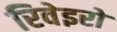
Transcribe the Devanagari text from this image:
रिवेइरो